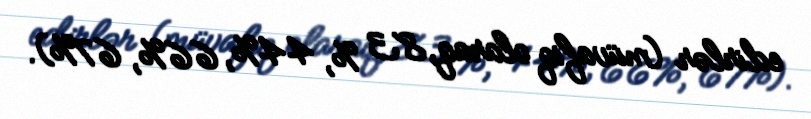
edirlər (müvafiq olaraq, 83 %, 44%, 66%, 67%).